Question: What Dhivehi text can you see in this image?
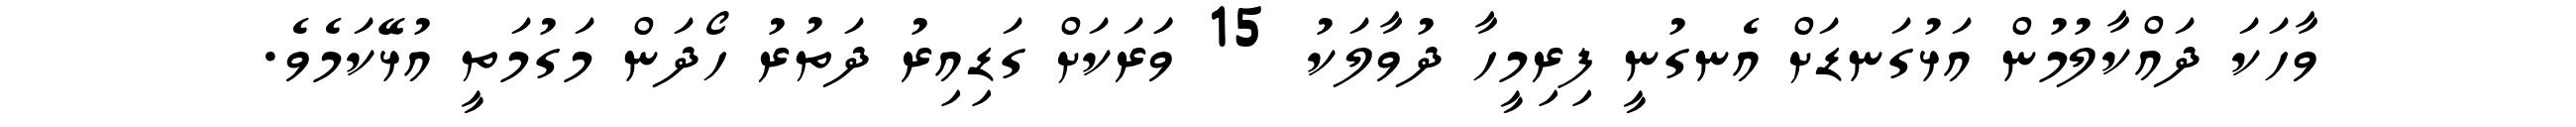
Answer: ވާހަކަ ދައްކާލުމުން އަޅުގަނޑަށް އެނގުނީ ފިރިމީހާ ދުވާލަކު 15 ވަަރަކަށް ގަޑިއިރު ދަތުރު ހޯދަން މަގުމަތީ އުޅޭކަމެވެ.